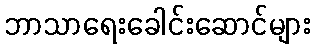
ဘာသာရေးခေါင်းဆောင်များ